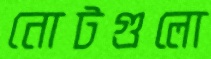
নোটগুলো